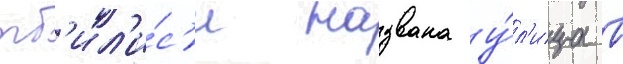
тб'ил'и́с'и названа у́л'ица в